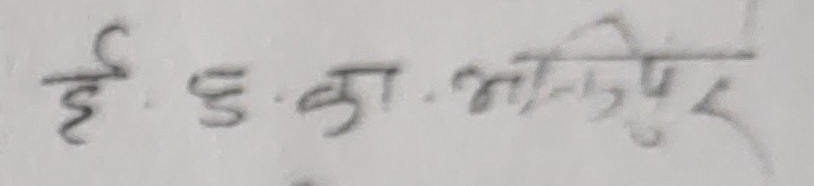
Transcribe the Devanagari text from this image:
ई. ड. का. अभियुक्त